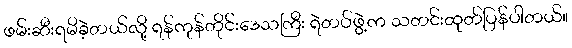
ဖမ်းဆီးရမိခဲ့တယ်လို့ ရန်ကုန်တိုင်းဒေသကြီး ရဲတပ်ဖွဲ့က သတင်းထုတ်ပြန်ပါတယ်။